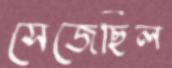
সেজেছিল